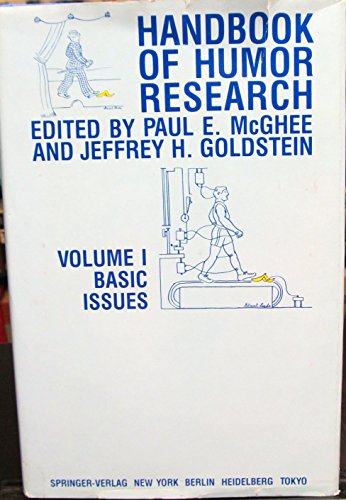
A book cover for Handbook of Humor Research: Volume 1: Basic Issues; Humor & Entertainment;